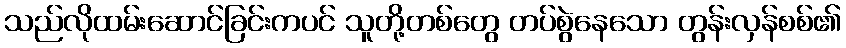
သည်လိုထမ်းဆောင်ခြင်းကပင် သူတို့တစ်တွေ တပ်စွဲနေသော တွန်းလှန်စစ်၏